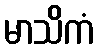
မာသိကံ